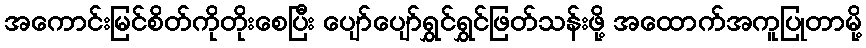
အကောင်းမြင်စိတ်ကိုတိုးစေပြီး ပျော်ပျော်ရွှင်ရွှင်ဖြတ်သန်းဖို့ အထောက်အကူပြုတာမို့